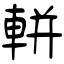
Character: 軿